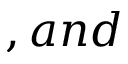
, a n d